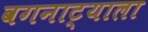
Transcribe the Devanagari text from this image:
वगनाट्याला